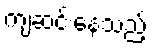
ကျဆင်းနေသည့်